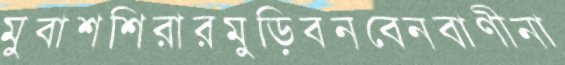
মুবাশশিরারমুড়িবনবেনবাণীনা